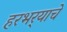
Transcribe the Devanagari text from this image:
हरभर्‍याचे